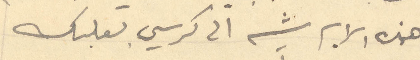
هذه الابرشيه الى كرسي بعلبك